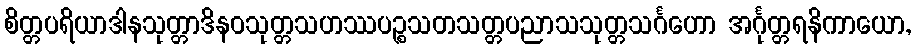
စိတ္တပရိယာဒါနသုတ္တာဒိနဝသုတ္တသဟဿပဉ္စသတသတ္တပညာသသုတ္တသင်္ဂဟော အင်္ဂုတ္တရနိကာယော,